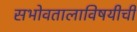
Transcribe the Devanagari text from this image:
सभोवतालाविषयीची